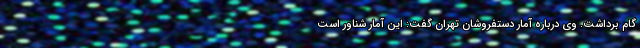
گام برداشت. وی درباره آمار دستفروشان تهران گفت: این آمار شناور است